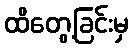
ထိတွေ့ခြင်းမှ